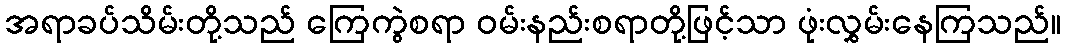
အရာခပ်သိမ်းတို့သည် ကြေကွဲစရာ ဝမ်းနည်းစရာတို့ဖြင့်သာ ဖုံးလွှမ်းနေကြသည်။